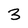
Character: 3